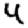
Digit: 4